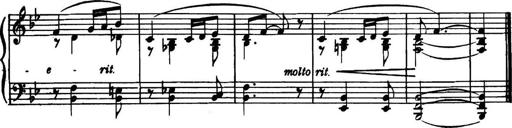
Title: Piano Sonatina in G minor
Composer: John Blackwood McEwen
Key: G minor